Source: Handwritten
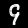
Digit: ၄ (4)